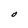
Character: O